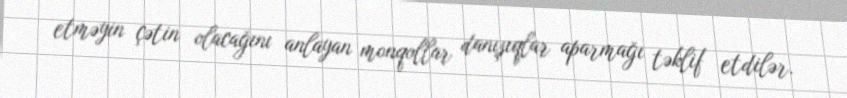
etməyin çətin olacağını anlayan monqollar danışıqlar aparmağı təklif etdilər.